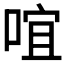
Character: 𠵌